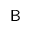
\sf { B }